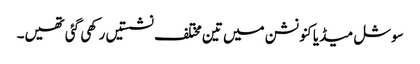
سوشل میڈیا کنونشن میں تین مختلف نشستیں رکھی گئی تھیں۔